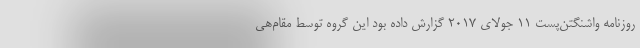
روزنامه واشنگتن‌پست ۱۱ جولای ۲۰۱۷ گزارش داده بود این گروه توسط مقام‌هی